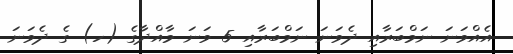
އެއްވަނަ ނަމްބަރާއި ދެވަނަ ނަމްބަރާއި 5 ވަނަ މާއްދާގެ (ހ) ގެ ދެވަނަ